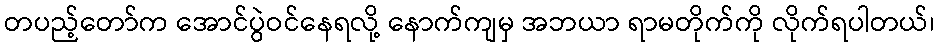
တပည့်တော်က အောင်ပွဲဝင်နေရလို့ နောက်ကျမှ အဘယာ ရာမတိုက်ကို လိုက်ရပါတယ်၊